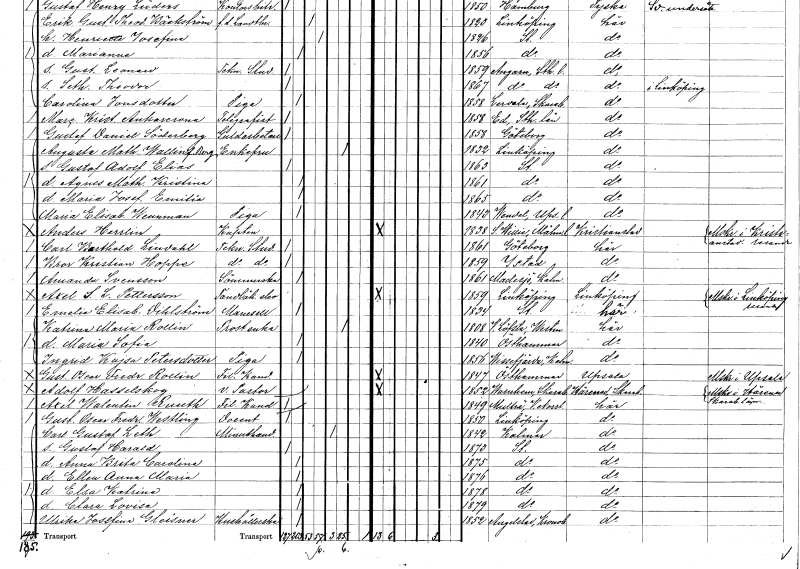
gt_parse: households: individuals: FN: Maria Elisabet
EN: Wennman
YRKE: Piga
KON: K
CIV: O
FODAR: 1843
FODFORS: Vendel Uppsala län
FN: Anders
EN: Herrlin
YRKE: Kapten armén och flottan
KON: M
CIV: O
FODAR: 1838
FODFORS: Södra Villie Malmöhus län
FN: Carl Barthold
EN: Lindahl
YRKE: Teknisk stud
KON: M
CIV: O
FODAR: 1861
FODFORS: Göteborg Göteborgs- och Bohuslän
FN: Bror Kristian
EN: Hoppe
YRKE: Teknisk stud
KON: M
CIV: O
FODAR: 1859
FODFORS: Ystad Malmöhus län
FN: Amanda
EN: Svensson
YRKE: Sömmerska
KON: K
CIV: O
FODAR: 1861
FODFORS: Madesjö Kalmar län
FN: Axel S. L.
EN: Pettersson
YRKE: Tandläkareelev
KON: M
CIV: O
FODAR: 1859
FODFORS: Linköping Östergötlands län
FN: Emelie Elisabet
EN: Vihlström
KON: K
CIV: O
FODAR: 1834
FODFORS: Stockholm
FN: Katrina Maria
EN: Rollin
YRKE: Prostänka
KON: K
CIV: E
FODAR: 1808
FODFORS: Västerlövsta Västmanlands län
FN: Maria Sofia
KON: K
CIV: O
FODAR: 1840
FODFORS: Östhammar Uppsala län
FN: Ingrid Kajsa
EN: Petersdotter
YRKE: Piga
KON: K
CIV: O
FODAR: 1856
FODFORS: Vissefjärda Kalmar län
FN: Gustaf Oscar Fredrik
EN: Rollin
YRKE: Fil. kand.
KON: M
CIV: O
FODAR: 1847
FODFORS: Östhammar Uppsala län
FN: Adolf
EN: Hasselskog
YRKE: Pastor v.
KON: M
CIV: O
FODAR: 1852
FODFORS: Varnhem Skaraborgs län
FN: Axel Walentin
EN: Ruuth
YRKE: Fil. kand.
KON: M
CIV: O
FODAR: 1849
FODFORS: Multrå Västernorrlands län
FN: Gustaf Oscar Fredrik
EN: Westling
YRKE: Docent
KON: M
CIV: O
FODAR: 1850
FODFORS: Linköping Östergötlands län
FN: Carl Gustaf
EN: Leth
YRKE: Minuthandlare
KON: M
CIV: E
FODAR: 1842
FODFORS: Kalmar Kalmar län
FN: Gustaf Harald
KON: M
CIV: O
FODAR: 1873
FODFORS: Stockholm
FN: Anna Brita Carolina
KON: K
CIV: O
FODAR: 1875
FODFORS: Stockholm
FN: Ellen Anna Maria
KON: K
CIV: O
FODAR: 1876
FODFORS: Stockholm
FN: Elsa Katrina
KON: K
CIV: O
FODAR: 1878
FODFORS: Stockholm
FN: Clara Lovisa
KON: K
CIV: O
FODAR: 1879
FODFORS: Stockholm
FN: Ulrika Josefina
EN: Gleisner
YRKE: Hushållerska
KON: K
CIV: O
FODAR: 1852
FODFORS: Angelstad Kronobergs län